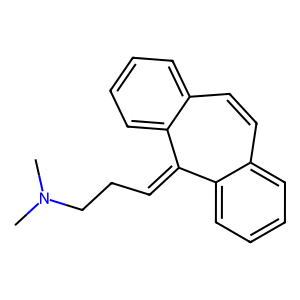
SMILES: CN(C)CCC=C1c2ccccc2C=Cc2ccccc21
Inhibits HIV replication: No